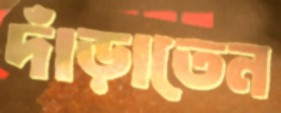
দাঁড়াতেন